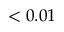
< 0 . 0 1